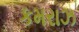
કમરાઝ